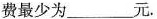
费最少为___元.